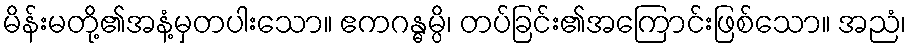
မိန်းမတို့၏အနံ့မှတပါးသော။ ဧကဂန္ဓမ္ပိ၊ တပ်ခြင်း၏အကြောင်းဖြစ်သော။ အညံ၊